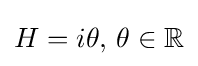
H=i\theta ,\,\theta \in \mathbb {R}